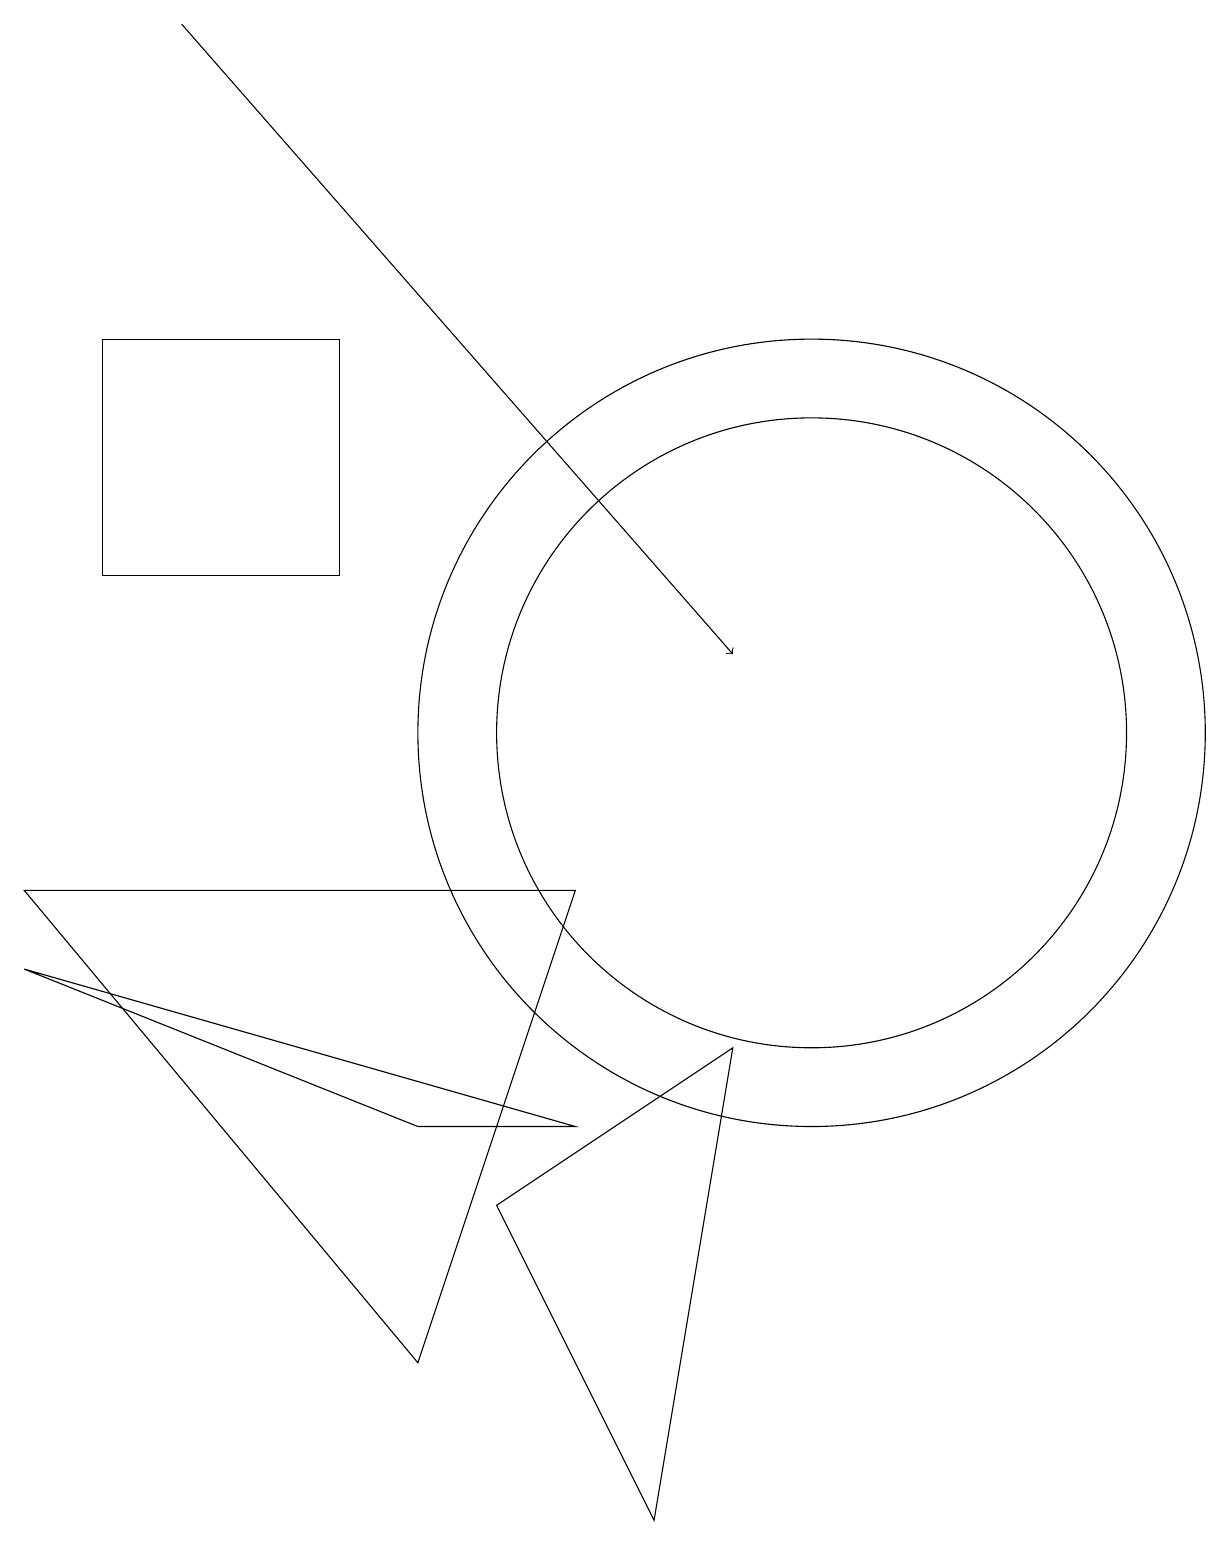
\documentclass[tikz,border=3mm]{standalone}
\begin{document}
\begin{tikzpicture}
\draw (10,10) circle (4);
\draw (0,8) -- (7,8) -- (5,2) -- cycle;
\draw (4,15) rectangle (1,12);
\draw (6,4) -- (9,6) -- (8,0) -- cycle;
\draw (0,7) -- (5,5) -- (7,5) -- cycle;
\draw[->] (2,19) -- (9,11);
\draw (10,10) circle (5);
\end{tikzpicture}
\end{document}